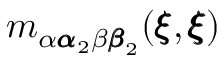
m _ { \alpha { \pmb \alpha } _ { 2 } \beta { \pmb \beta } _ { 2 } } ( { \pmb \xi } , { \pmb \xi } )